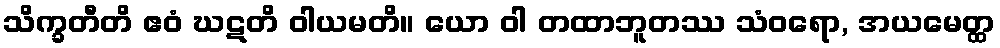
သိက္ခတီတိ ဧဝံ ဃဋတိ ဝါယမတိ။ ယော ဝါ တထာဘူတဿ သံဝရော, အယမေတ္ထ